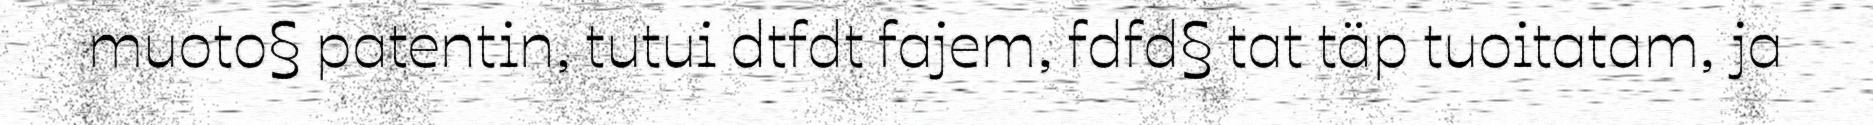
muoto§ patentin, tutui dtfdt fajem, fdfd§ tat täp tuoitatam, ja